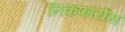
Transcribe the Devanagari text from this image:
निकफारोस